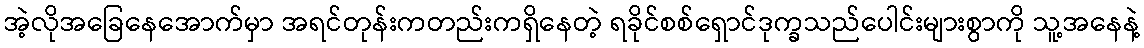
အဲ့လိုအခြေနေအောက်မှာ အရင်တုန်းကတည်းကရှိနေတဲ့ ရခိုင်စစ်ရှောင်ဒုက္ခသည်ပေါင်းများစွာကို သူ့အနေနဲ့